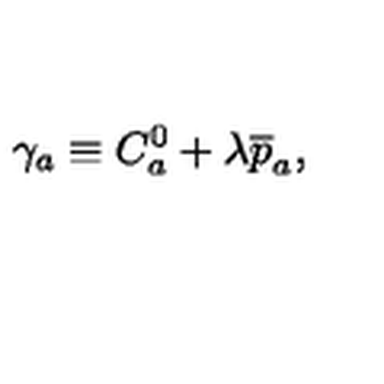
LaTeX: \gamma _ { a } \equiv C _ { a } ^ { 0 } + \lambda \overline { { p } } _ { a } ,